Medical and sanitary report of the native army of Madras for the year
Year: 1878
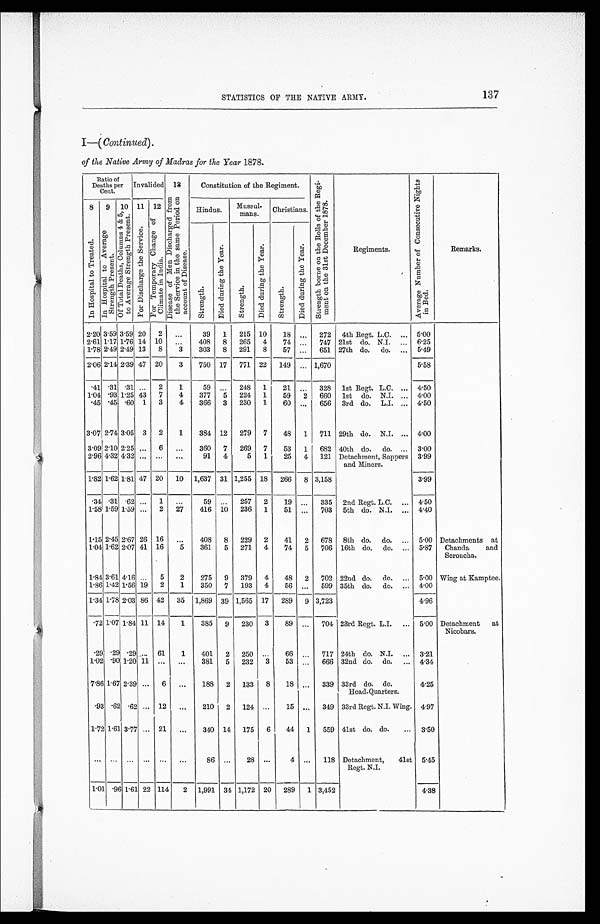
137
STATISTICS OF THE NATIVE ARMY.
I—( Continued).
of the Native Army of Madras for the Year 1878.
Ratio of
Deaths per
Cent.
Invalided 1 3
Constitution of the Regiment.
S t r e n g t h b o r n e o n t h e R o l l s o f t h e R e g i - m e n t o n t h e 3 1 s t D e c e m b e r 1 8 7 8 .
Regiments.
A v e r a g e N u m b e r o f C o n s e c u t i v e N i g h t s i n B e d .
Remarks.
D i s e a s e o f M e n D i s c h a r g e d f r o m t h e S e r v i c e i n t h e s a m e p e r i o d o n a c c o u n t o f D i s e a s e .
8 9 10 11 12
Hindus.
Mussul
-mans.
Christians.
I n H o s p i t a l t o T r e a t e d .
I n H o s p i t a l t o A v e r a g e S t r e n g t h P r e s e n t .
O f T o t a l D e a t h s , C o l u m n s 4 & 5 , t o A v e r a g e S t r e n g t h P r e s e n t .
F o r D i s c h a r g e t h e S e r v i c e .
F o r T e m p o r a r y c h a n g e o f C l i m a t e i n I n d i a .
S t r e n g t h .
D i e d d u r i n g t h e Y e a r .
S t r e n g t h .
D i e d D u r i n g t h e Y e a r .
S t r e n g t h .
D i e d d u r i n g t h e Y e a r .
2.20 3.59 3.59 20
2
. . .
39
1
215 10
18
. . . 272 4th Regt. L.C. . . . 5.00
2.61 1.17 1.76 14 10
. . . 408
8
265
4
74
. . .
747 21st do. N.I. . . . 6.25
1.78 2.49 2.49 13
8
3
303
8
291
8
57
. . .
651 27th do. do. . . . 5.49
2.06 2.14 2.39 47 20
3
750 17
771 22
149
. . . 1,670
5.58
. 4 1.31 .31 . . .
2
1
59
. . .
248
1
21
. . .
328 1st Regt. L.C. . . . 4.50
1.04 .93 1.25 43
7
4
377
5
224
1
59
2 660 1st do. N.I. . . . 4.00
. 4 5
.45 .60 1
3
4
366
3
230
1
60
. . .
656 3rd do. L.I. . . . 4.50
3.07 2.74 3.05 3
2
1
384 12
279 7
48
1
711 29th do. N.I. . . . 4.00
3.09 2.10 2.25
. . . 6
. . . 360
7
269
7
53
1
682 40th do. do. . . . 3.00
2.96 4.32 4.32
. . .
. . .
. . .
91
4
5
1
25
4 121 Detachment, Sappers
and Miners.
3.99
1.82 1.62 1.81 47 20
10 1,637 31 1,255 18
266
8 3,158
3.99
. 3 4.31 .62
. . . 1
. . .
59
. . .
257
2
19
. . .
335 2nd Regt. L.C. . . . 4.50
1.58 1.59 1.59
. . . 2
27
416 10
236 1
51
. . .
703 5th do. N.I. . . . 4.40
1.15 2.45 2.67 26 16
. . . 408
8
229
2
41
2 678 8th do. do. . . . 5.00 Detachments at
Chanda and
Seroncha.
1.04 1.62 2.07 41 16
5
361
5
271
4
74
5
706 16th do. do. . . . 5.87
1.84 3.61 4.16 . . .
5
2
275
9
379
4
48
2 702 22nd do. do. . . . 5.00 Wing at Kamptee.
1.86 1.42 1.56 19
2
1
350
7
193
4
56
. . .
599 35th do. do. . . . 4.00
1.34 1.78 2.03 86 42
35 1,869 39 1,565 17
289
9 3,723
4.96
. 7 2
1.07 1.84 11 14
1
385
9
230 3
89
. . .
704 23rd Regt. L.I. . . . 5.00 Detachment at
Nicobars.
. 2 9
.29 .29 . . . 61
1
401
2 250
. . .
66
. . . 717 24th do. N.I. . . . 3.21
1.02 .90 1.20 11
. . .
. . .
381
5 232
3
53
. . . 666 32nd do. do. . . . 4.34
7.86 1.67 2.39 . . . 6
. . .
188
2 133
8
18
. . . 339 33rd do. do.
Head-Quarters.
4.25
. 9 3
.62 .62 . . . 12
. . .
210 2 124
. . .
15
. . . 349 33rd Regt. N.I. Wing. 4.97
1.72 1.61 3.77 . . . 21
. . .
340 14 175
6
44
1
559 41st do. do. . . . 3.50
. . . . . .
. . . . . .
. . .
. . .
86
. . .
28
. . .
4
. . . 118 Detachment, 41st
Regt. N.I.
5.45
1.01 .96 1.61 22 114
2 1,991 34 1,172 20
289
1 3,452
4.38